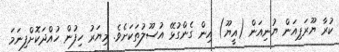
ކުރާ ޔޫރަޕިއަން ޔުނިއަން (އީޔޫ) އިން ގެންގުޅޭ އުސޫލުތަކަށެވެ. މިޔަރު ހިފުން ހުއްދަކޮށްފިނަމަ